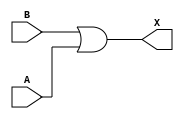
module sky130_fd_sc_ms__or2 (
    X,
    A,
    B
);

    // Module ports
    output X;
    input  A;
    input  B;

    // Local signals
    wire or0_out_X;

    //  Name  Output     Other arguments
    or  or0  (or0_out_X, B, A           );
    buf buf0 (X        , or0_out_X      );

endmodule